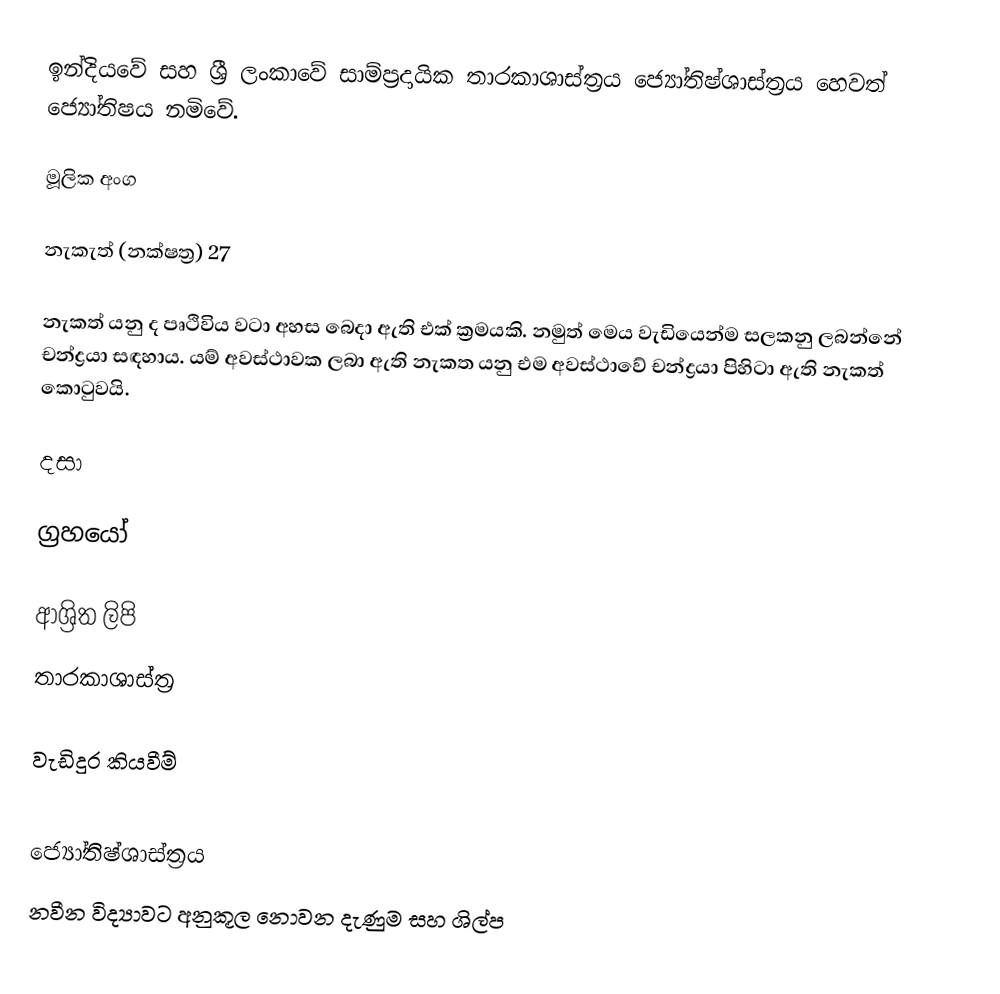
ඉන්දියවේ සහ ශ්‍රී ලංකාවේ සාම්ප්‍රදායික තාරකාශාස්ත්‍රය ජ්‍යෝතිෂ්ශාස්ත්‍රය හෙවත් ජ්‍යෝතිෂය නමිවේ.

මූලික අංග

නැකැත් (නක්ෂත්‍ර) 27

නැකත් යනු ද පෘථිවිය වටා අහස බෙදා ඇති එක් ක්‍රමයකි. නමුත් මෙය වැඩියෙන්ම සලකනු ලබන්නේ චන්ද්‍රයා සඳහාය. යම් අවස්ථාවක ලබා ඇති නැකත යනු එම අවස්ථාවේ චන්ද්‍රයා පිහිටා ඇති නැකත් කොටුවයි.

දසා

ග්‍රහයෝ

ආශ්‍රිත ලිපි
 තාරකාශාස්ත්‍ර

වැඩිදුර කියවීම්

ජ්‍යෝතිෂ්ශාස්ත්‍රය
නවීන විද්‍යාවට අනුකූල නොවන දැණුම සහ ශිල්ප